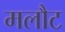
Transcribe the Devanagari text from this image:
मलौट